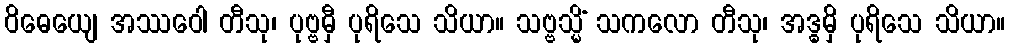
ဝိဓေယျေ အဿဝေါ တီသု၊ ပုဗ္ဗမှီ ပုရိသေ သိယာ။ သဗ္ဗသ္မိံ သကလော တီသု၊ အဒ္ဓမှိ ပုရိသေ သိယာ။